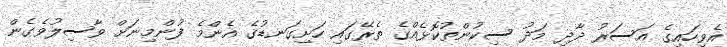
އެވިހައިގެ އަސަރު ދާދި މަދު ސިކުންތުކޮޅެއްގެ ތެރޭގައި ހަށިގަނޑުގެ އެންމެ ފުންމިނަށް ވާސިލުވެގެން